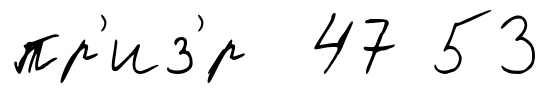
пр'из'́р 47 53